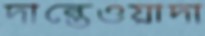
দান্তেওয়াদা